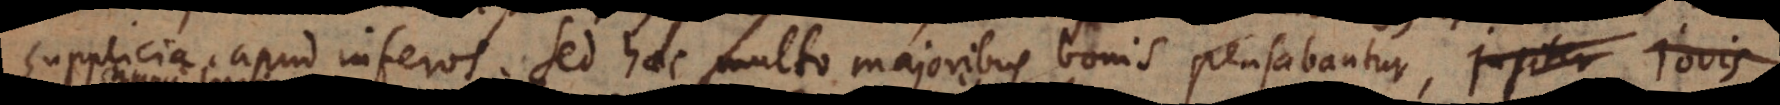
supplicia apud inferos. Sed haec multo majoribus bonis pensabantur, ipsius